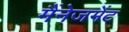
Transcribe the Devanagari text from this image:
मैंनेजमेंट